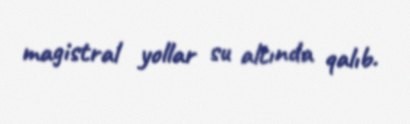
magistral yollar su altında qalıb.